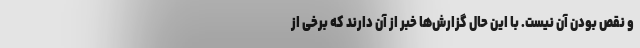
و نقص بودن آن نیست. با این حال گزارش‌ها خبر از آن دارند که برخی از